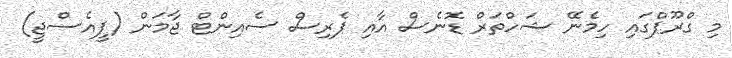
މި ގްރޫޕްގައި ހިމެނޭ ޝަހްތަރް ޑޮނެސް އާއި ޕެރިސް ސެއިންޓް ޖާމަން (ޕީއެސްޖީ)